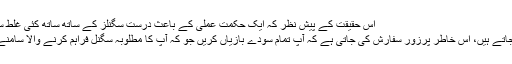
اس حقیقت کے پیش نظر کہ ایک حکمت عملی کے باعث درست سگنلز کے ساتھ ساتھ کئی غلط سگنلز بھی
سامنے آ جاتے ہیں، اس خاطر پرزور سفارش کی جاتی ہے کہ آپ تمام سودے بازیاں کریں جو کہ آپ کا مطلوبہ سگنل فراہم کرنے والا سامنے لاتا ہے۔